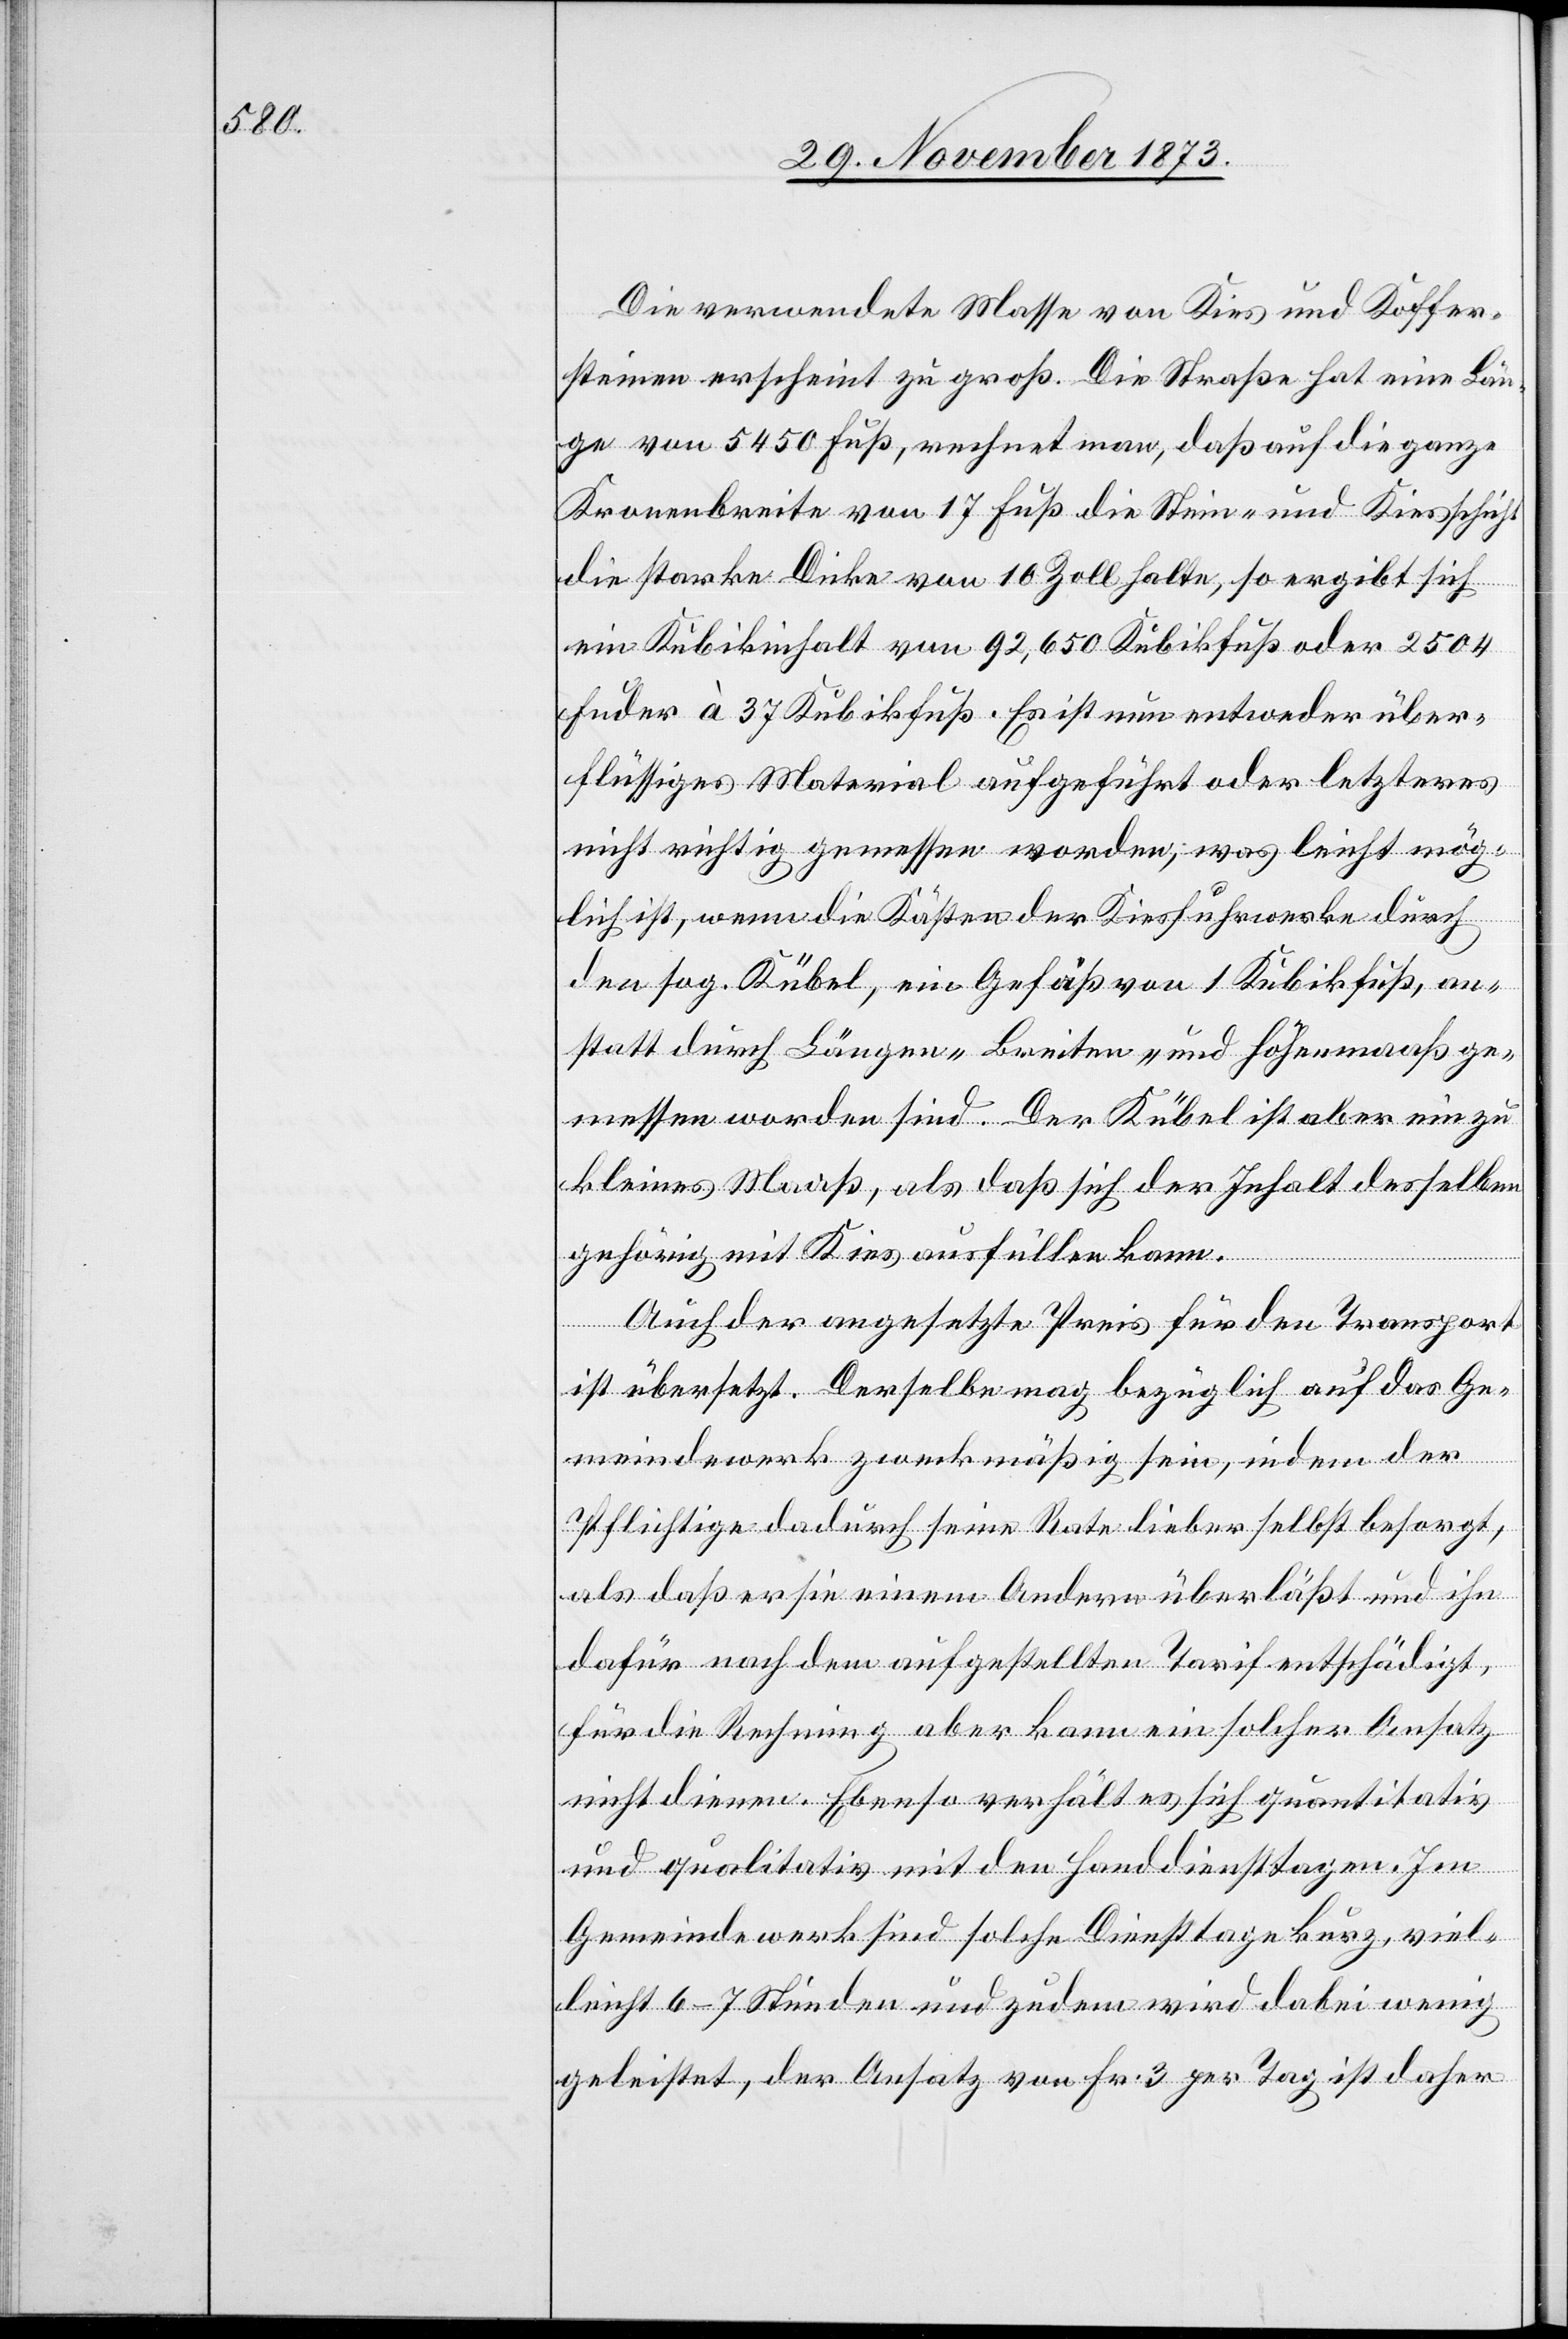
Die verwendete Masse von Kies und Koffer¬
steinen erscheint zu groß. Die Straße hat eine Län¬
ge von 5 450 Fuß, rechnet man, daß auf die ganze
Kronenbreite von 17 Fuß die Stein- und Kiesschicht
die starke Dicke von 10 Zoll halte, so ergibt sich
ein Kubikinhalt von 92,650 Kubikfuß oder 2 504
Fuder à 37 Kubikfuß. Es ist nun entweder über¬
flüssiges Material aufgeführt oder letzteres
nicht richtig gemessen worden; was leicht mög¬
lich ist, wenn die Kästen der Kiesfuhrwerke durch
den sog. Kübel, ein Gefäß von 1 Kubikfuß, an¬
statt durch Längen- Breiten- und Höhenmaaß ge¬
messen worden sind. Der Kübel ist aber ein zu
kleines Maaß, als daß sich der Inhalt desselben
gehörig mit Kies ausfüllen kann.
Auch der angesetzte Preis für den Transport
ist übersetzt. Derselbe mag bezüglich auf das Ge¬
meindewerk zweckmäßig sein, indem der
Pflichtige dadurch seine Rate lieber selbst besorgt,
als daß er sie einem Andern überläßt und ihn
dafür nach dem aufgestellten Tarif entschädigt,
für die Rechnung aber kann ein solcher Ansatz
nicht dienen. Ebenso verhält es sich quantitativ
und qualitativ mit den Handdiensttagen. Im
Gemeindewerk sind solche Diensttage kurz, viel¬
leicht 6–7 Stunden und zudem wird dabei wenig
geleistet, der Ansatz von Fr. 3 per Tag ist daher